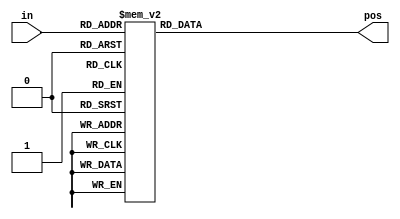
// synthesis verilog_input_version verilog_2001
module top_module (
    input [3:0] in,
    output reg [1:0] pos  );

    always @(*) begin
        case(in)
            4'b0000: pos = 2'd0;
            4'b0001: pos = 2'd0;
            4'b0010: pos = 2'd1;
            4'b0011: pos = 2'd0;
            
            4'b0100: pos = 2'd2;
            4'b0101: pos = 2'd0;
            4'b0110: pos = 2'd1;
            4'b0111: pos = 2'd0;
            
            4'b1000: pos = 2'd3;
            4'b1001: pos = 2'd0;
            4'b1010: pos = 2'd1;
            4'b1011: pos = 2'd0;
            
            4'b1100: pos = 2'd2;
            4'b1101: pos = 2'd0;
            4'b1110: pos = 2'd1;
            4'b1111: pos = 2'd0;
        endcase
    end
   
            
endmodule